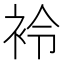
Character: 袊